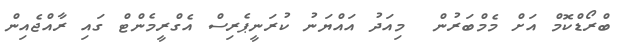
ބްރޯޑްކޮމް އަށް މެމްބަރުން  މިއަދު އައްޔަނު ކުރަނީޕެރިސް އެގްރީމެންޓް ގައި ރާއްޖެއިން